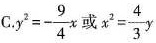
C.$$y ^ { 2 } = - \frac { 9 } { 4 } x$$或$$x ^ { 2 } = \frac { 4 } { 3 } y$$